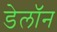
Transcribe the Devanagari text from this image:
डेलॉन